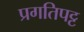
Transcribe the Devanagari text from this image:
प्रगतिपट्ट